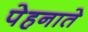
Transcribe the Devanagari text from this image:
पेहनाते